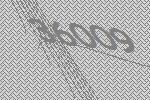
36009